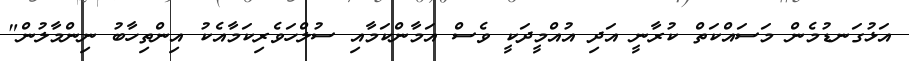
އަޅުގަނޑުމެން މަސައްކަތް ކުރާނީ އަދި އުއްމީދަކީ ވެސް އަމާންކަމާއި ސުލްހަވެރިކަމާއެކު އިންތިހާބު ނިންމާލުން"